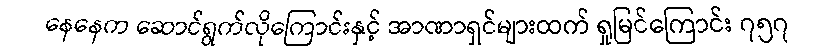
နေနေက ဆောင်ရွက်လိုကြောင်းနှင့် အာဏာရှင်များထက် ရှုမြင်ကြောင်း ၇၅၇